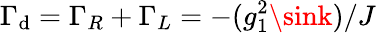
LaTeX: \Gamma_{\mathrm{d}}=\Gamma_{R}+\Gamma_{L}=-(g_{1}^{2}\sink)/J